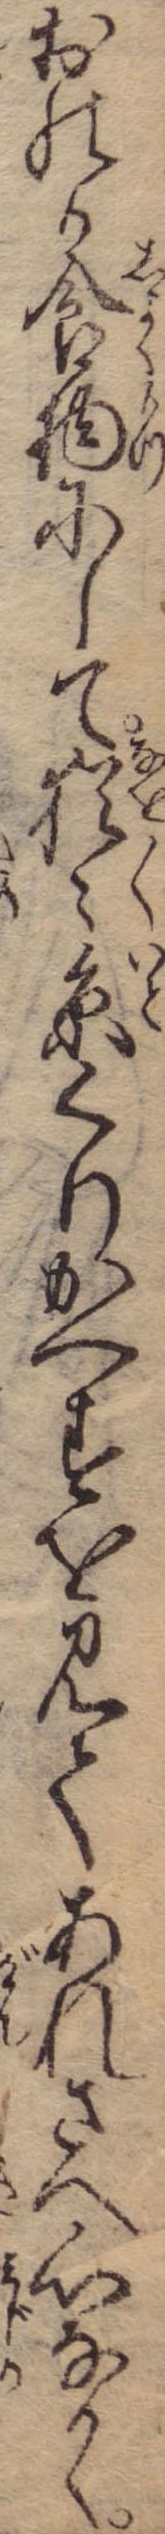
おのか食物にして猶々糸くりかへすを見てあれさへ心なかく